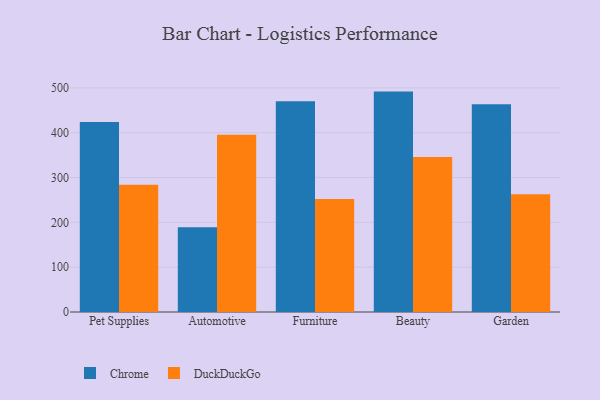
{"axis": {"x": "Category", "y": "LTV (USD)"}, "legend": ["Chrome", "DuckDuckGo"], "data": [{"x": "Pet Supplies", "y": 423.8, "type": "Chrome"}, {"x": "Pet Supplies", "y": 284.1, "type": "DuckDuckGo"}, {"x": "Automotive", "y": 189.2, "type": "Chrome"}, {"x": "Automotive", "y": 395.1, "type": "DuckDuckGo"}, {"x": "Furniture", "y": 469.9, "type": "Chrome"}, {"x": "Furniture", "y": 251.8, "type": "DuckDuckGo"}, {"x": "Beauty", "y": 491.6, "type": "Chrome"}, {"x": "Beauty", "y": 345.9, "type": "DuckDuckGo"}, {"x": "Garden", "y": 463.6, "type": "Chrome"}, {"x": "Garden", "y": 262.9, "type": "DuckDuckGo"}]}